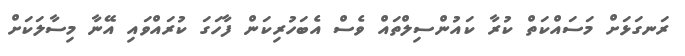
ރަނގަޅަށް މަސައްކަތް ކުރާ ކައުންސިލްތައް ވެސް އެބަހުރިކަން ފާހަގަ ކުރައްވައި އޭނާ މިސާލަކަށް